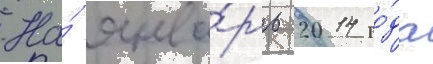
На́ янва́рь 2014 го́да